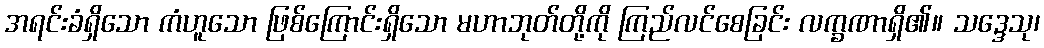
အရင်းခံရှိသော ကံဟူသော ဖြစ်ကြောင်းရှိသော မဟာဘုတ်တို့ကို ကြည်လင်စေခြင်း လက္ခဏာရှိ၏။ သဒ္ဒေသု၊